Proceedings of the meeting of veterinary officers in India
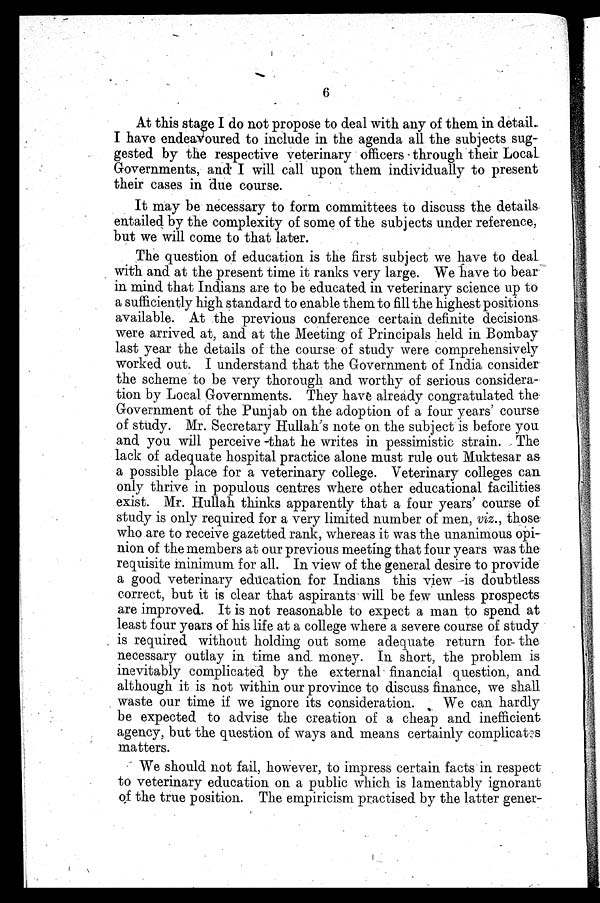
6
At this stage I do not propose to deal with any of them in detail
I have endeavoured to include in the agenda all the subjects sug-
gested by the respective veterinary officers through their Local
Governments, and I will call upon them individually to present
their cases in due course.
It may be necessary to form committees to discuss the details
entailed by the complexity of some of the subjects under reference,
but we will come to that later.
The question of education is the first subject we have to deal
with and at the present time it ranks very large. We have to bear
in mind that Indians are to be educated in veterinary science up to
a sufficiently high standard to enable them to fill the highest positions
available. At the previous conference certain definite decisions
were arrived at, and at the Meeting of Principals held in Bombay
last year the details of the course of study were comprehensively
worked out. I understand that the Government of India consider
the scheme to be very thorough and worthy of serious considera-
tion by Local Governments. They have already congratulated the
Government of the Punjab on the adoption of a four years' course
of study. Mr. Secretary Hullah's note on the subject is before you
and you will perceive -that he writes in pessimistic strain. The
lack of adequate hospital practice alone must rule out Muktesar as
a possible place for a veterinary college. Veterinary colleges can
only thrive in populous centres where other educational facilities
exist. Mr. Hullah thinks apparently that a four years' course of
study is only required for a very limited number of men, viz., those
who are to receive gazetted rank, whereas it was the unanimous opi-
nion of the members at our previous meeting that four years was the
requisite minimum for all. In view of the general desire to provide
a good veterinary education for Indians this view is doubtless
correct, but it is clear that aspirants will be few unless prospects
are improved. It is not reasonable to expect a man to spend at
least four years of his life at a college where a severe course of study
is required without holding out some adequate return for the
necessary outlay in time and. money. In short, the problem is
inevitably complicated by the external financial question, and
although it is not within our province to discuss finance, we shall
waste our time if we ignore its consideration.
We can hardly
be expected to advise the creation of a cheap and inefficient
agency, but the question of ways and means certainly complicates
matters.
We should not fail, however, to impress certain facts in respect
to veterinary education on a public which is lamentably ignorant
of the true position. The empiricism practised by the latter gener-